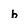
Character: b